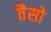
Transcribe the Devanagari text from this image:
तैसो